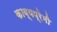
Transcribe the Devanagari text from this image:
काव्यप्रेमी